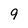
Character: 9